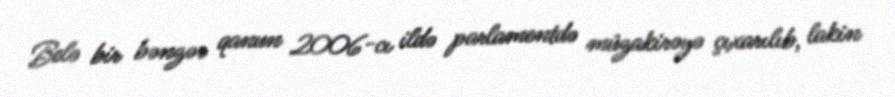
Belə bir bənzər qanun 2006-cı ildə parlamentdə müzakirəyə çıxarılıb, lakin